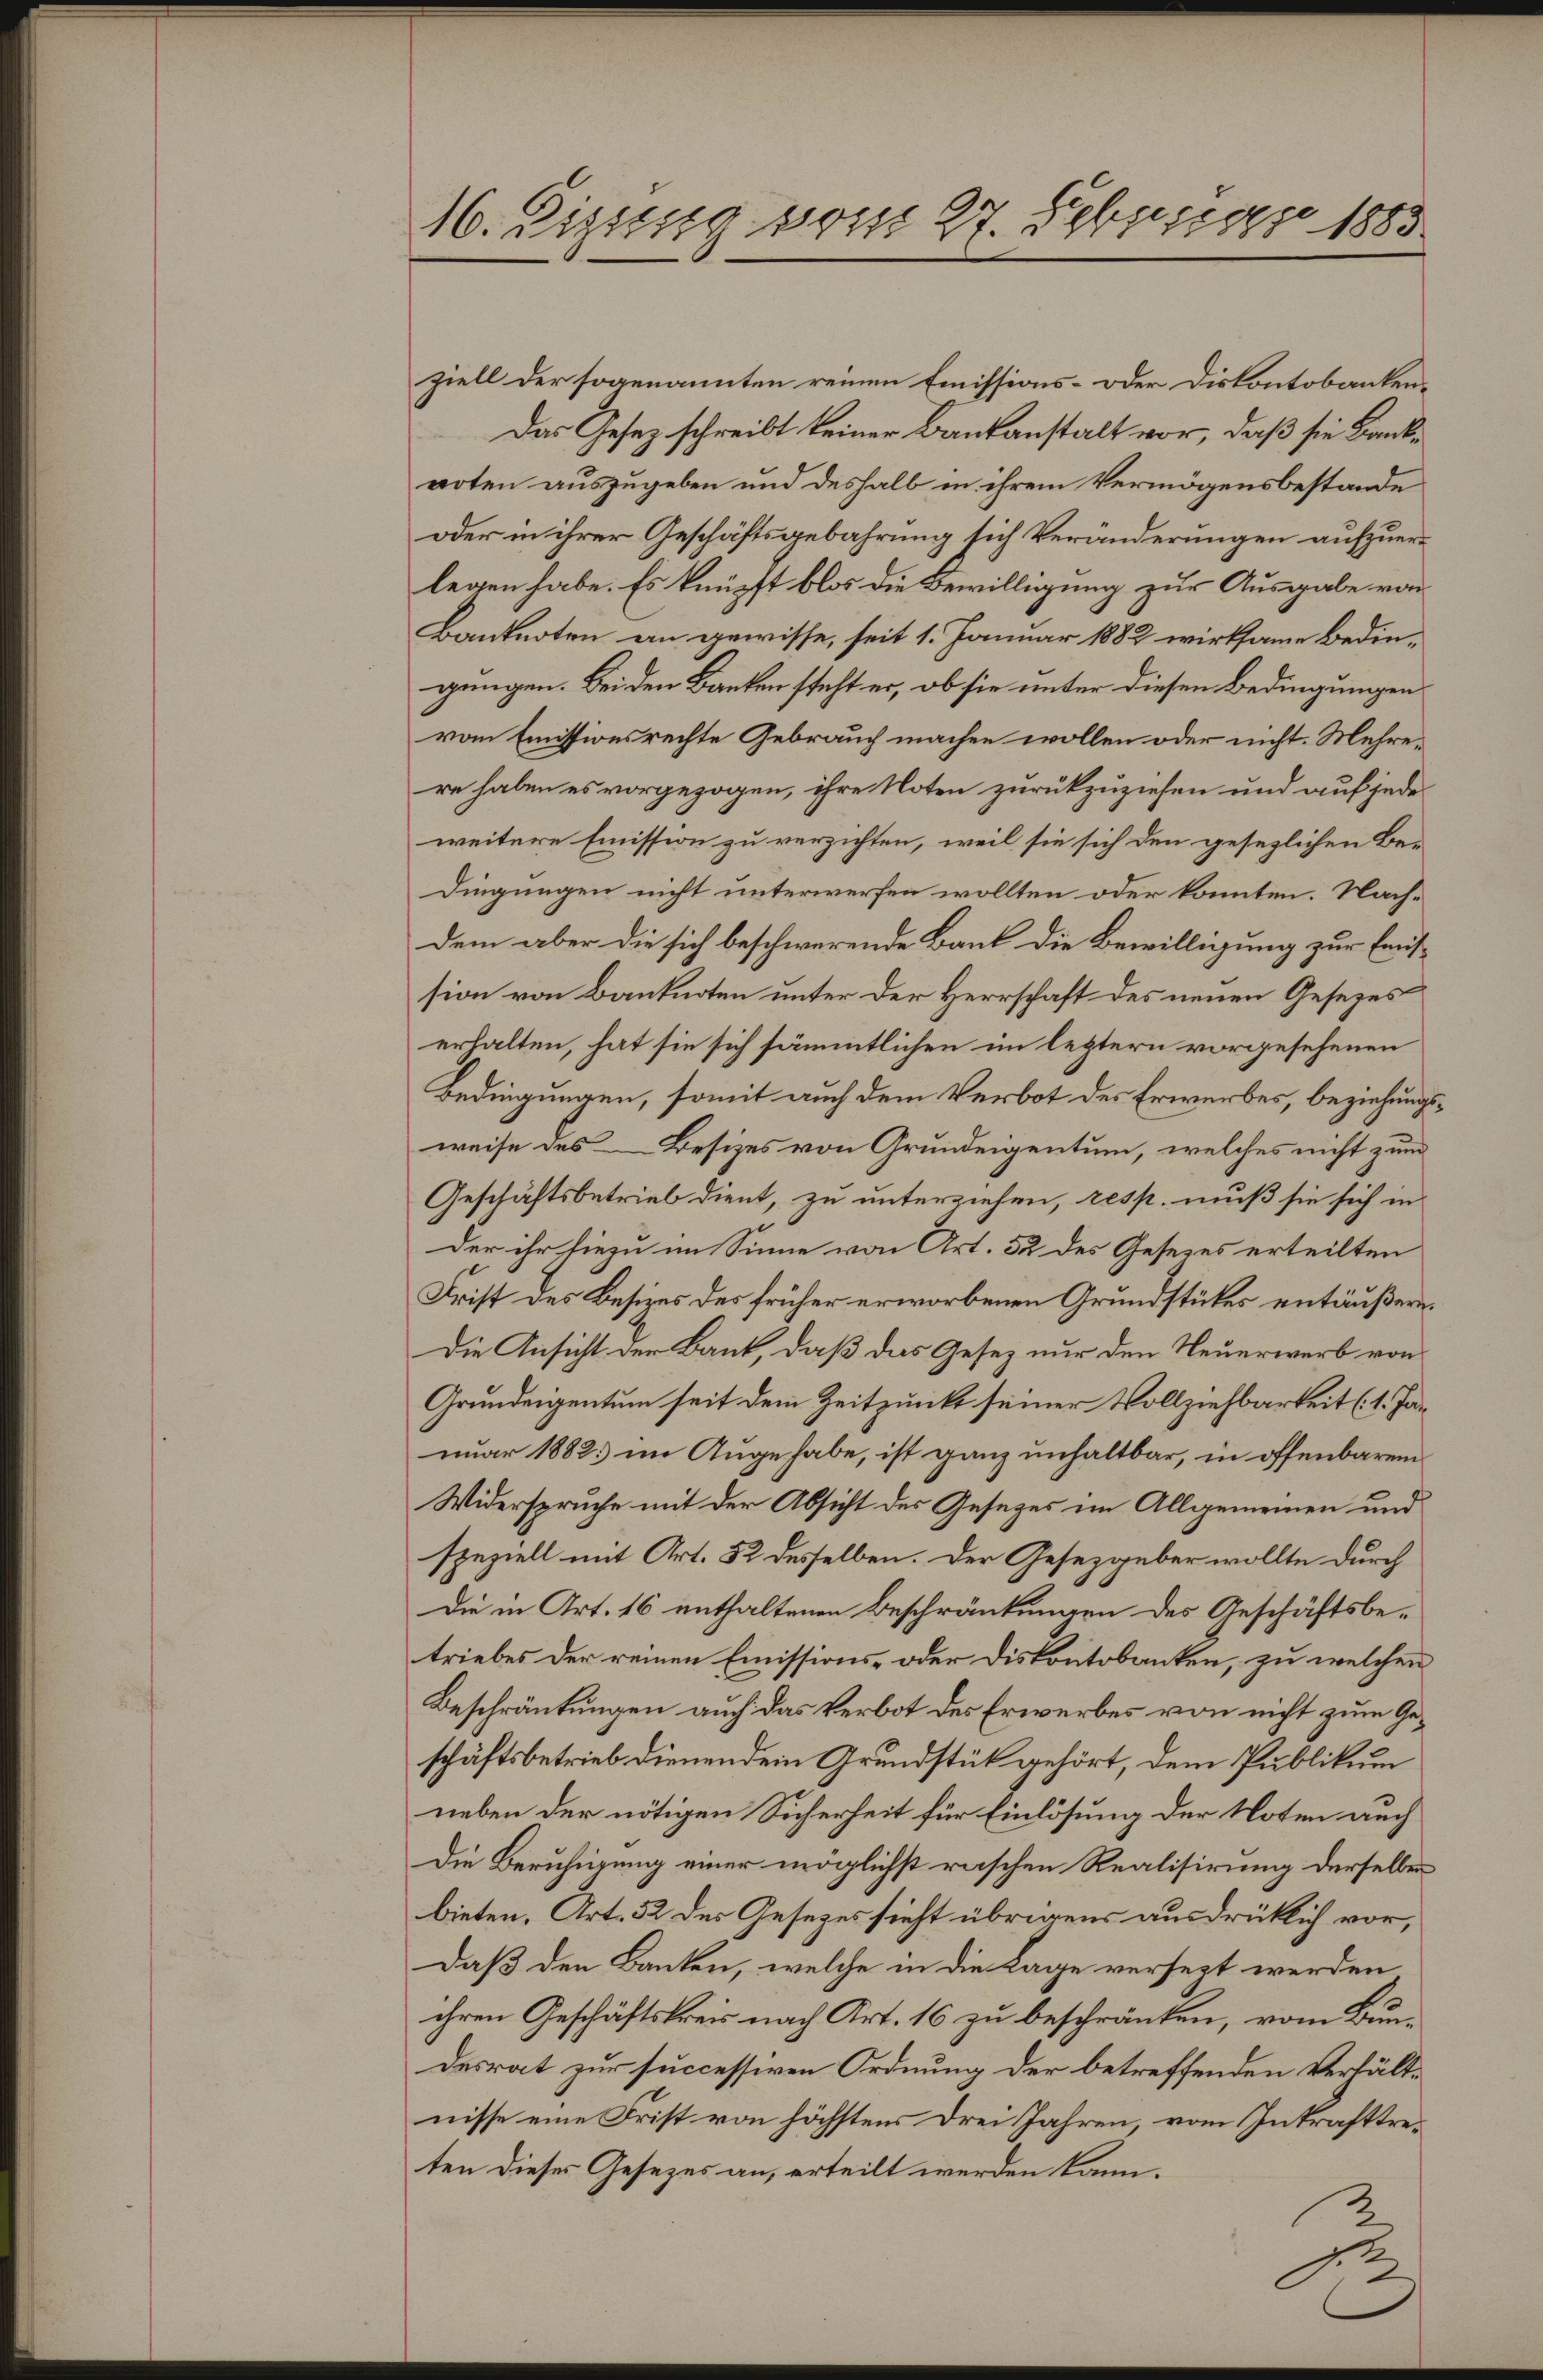
16. Sissig vom 27. Februar 1883

ziell der sogenannten reinen Emissions- oder Diskontobanken¬
Das Gesetz schreibt keiner Baukanstalt vor, daß sie Banknoten auszugeben und deshalb in ihrem Vermögensbestande
oder in ihrer Geschäftsgebahrung sich Veränderungen aufzuerlegen habe. Es knüpft blos die Bewilligung zur Ausgabe von
Banknoten an gewisse, seit 1. Januar 1882 wirksame Bedingungen. Bei den Banken steht er, ob sie unter diesen Bedingungen
vom Emissionsrechte Gebrauch machen wollen oder nicht. Mehrere haben es vorgezogen, ihre Noten zurückzuziehen und auf jede
weitere Emission zu verzichten, weil sie sich den gesezlichen Bedingungen nicht unterwerfen wollten oder konnten. Nachdem aber die sich beschwerende Bank die Bewilligung zur Erussion von Banknoten unter der Herrschaft des neuen Gesezeserhalten, hat sie sich sämmtlichen im letztern vorgesehenen
Bedingungen, somit auch dem Verbot des Erwerbes, beziehungsweise des Besizes von Grundeigentum, welches nicht zum
Geschäftsbetrieb dient, zu unterziehen, resp. muß sie sich in
der ihr hiezu im Sinne von Art. 32 des Gesetzes erteilten
Frist des Besizes des früher erworbenen Grundstückes entäußeren.
Die Ansicht der Bank, daß das Gesetz nur den Neuerwerb von
Grundeigentum seit dem Zeitpunkt seiner Vollziehbarkeit (1. Januar 1882 im Auge habe, ist ganz unhaltbar, in offenbarem
Widersprüche mit der Absicht des Gesezes im Allgemeinen und
speziell mit Art. 52 desselben. Der Gesetzgeber wollte durch
Die in Art. 16 enthaltenen Beschränkungen des Geschäftsbetriebes der reinen Emissions- oder Diskontobanken, zu welchen
Beschränkungen auch das Verbot des Erwerbes von nicht zum Geschäftsbetrieb dienendein Grundstück gehört, dem Publikum
neben der nötigen Sicherheit für Einlösung der Noten auch
Die Beruhigung einer möglichst raschen Realisirung derselben
bieten, Art. 52 des Gesetzes sieht übrigens ausdrücklich vor,
Daß den Banken, welche in die Lage versezt werden
ihren Geschäftskreis nach Art. 16 zu beschränken, vom Bundesrat zur successiven Ordnung der betreffenden Verhältnisse eine Frist von höchstens drei Jahren, vom Inkrafttreten dieses Gesezes an, erteilt werden kann.
1